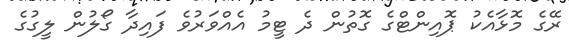
ރޭގެ މޮޅާއެކު ޕޮއިންޓްގެ ގޮތުން ދެ ޓީމު އެއްވަރުވެ ފައިދާ ގޯލުން ލީގުގެ